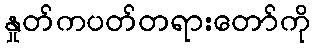
နှုတ်ကပတ်တရားတော်ကို